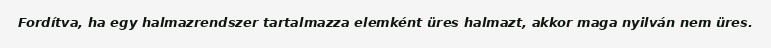
Fordítva, ha egy halmazrendszer tartalmazza elemként üres halmazt, akkor maga nyilván nem üres.